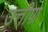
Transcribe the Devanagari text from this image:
उत्तीण्र